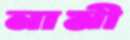
নামী